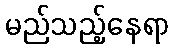
မည်သည့်နေရာ